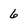
Character: 6